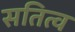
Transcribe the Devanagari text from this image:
सतित्व